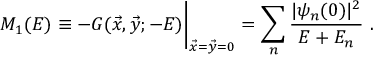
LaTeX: M _ { 1 } ( E ) \equiv - G ( \vec { x } , \vec { y } ; - E ) \bigg | _ { \vec { x } = \vec { y } = 0 } = \sum _ { n } { \frac { | \psi _ { n } ( 0 ) | ^ { 2 } } { E + E _ { n } } } \ .